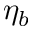
\eta _ { b }